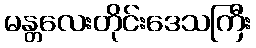
မန္တလေးတိုင်းဒေသကြီး